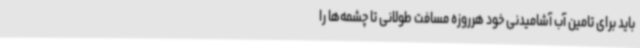
باید برای تامین آب آشامیدنی خود هرروزه مسافت طولانی تا چشمه‌ها را